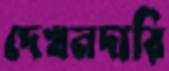
দেখনদারি